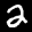
Label: 2